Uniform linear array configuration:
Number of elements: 32
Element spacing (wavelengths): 0.75
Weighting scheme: binomial
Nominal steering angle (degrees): -60
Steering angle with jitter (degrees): -61.442
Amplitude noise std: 0.05
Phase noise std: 0.05

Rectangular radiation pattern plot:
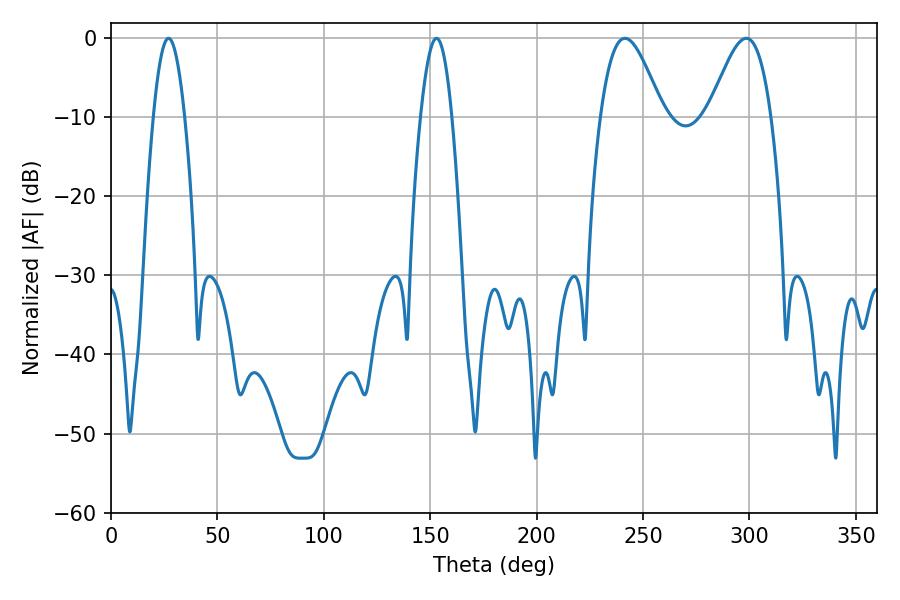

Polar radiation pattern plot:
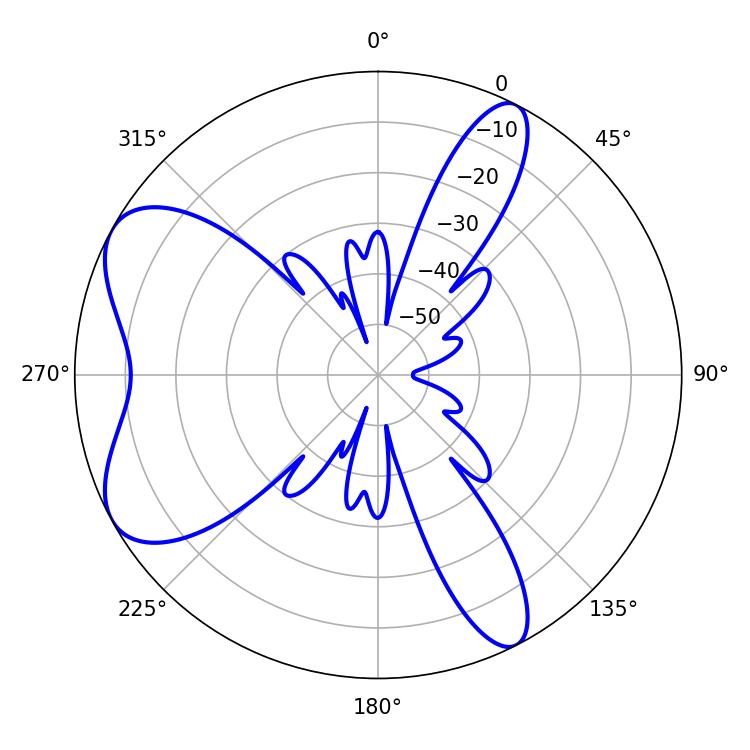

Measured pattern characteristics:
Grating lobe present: TRUE
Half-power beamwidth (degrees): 15.66
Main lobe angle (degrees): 241.56